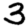
Digit: 3